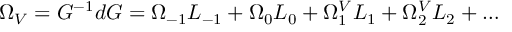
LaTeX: \Omega _ { V } = G ^ { - 1 } d G = \Omega _ { - 1 } L _ { - 1 } + \Omega _ { 0 } L _ { 0 } + \Omega _ { 1 } ^ { V } L _ { 1 } + \Omega _ { 2 } ^ { V } L _ { 2 } + \ldots